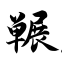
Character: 冁